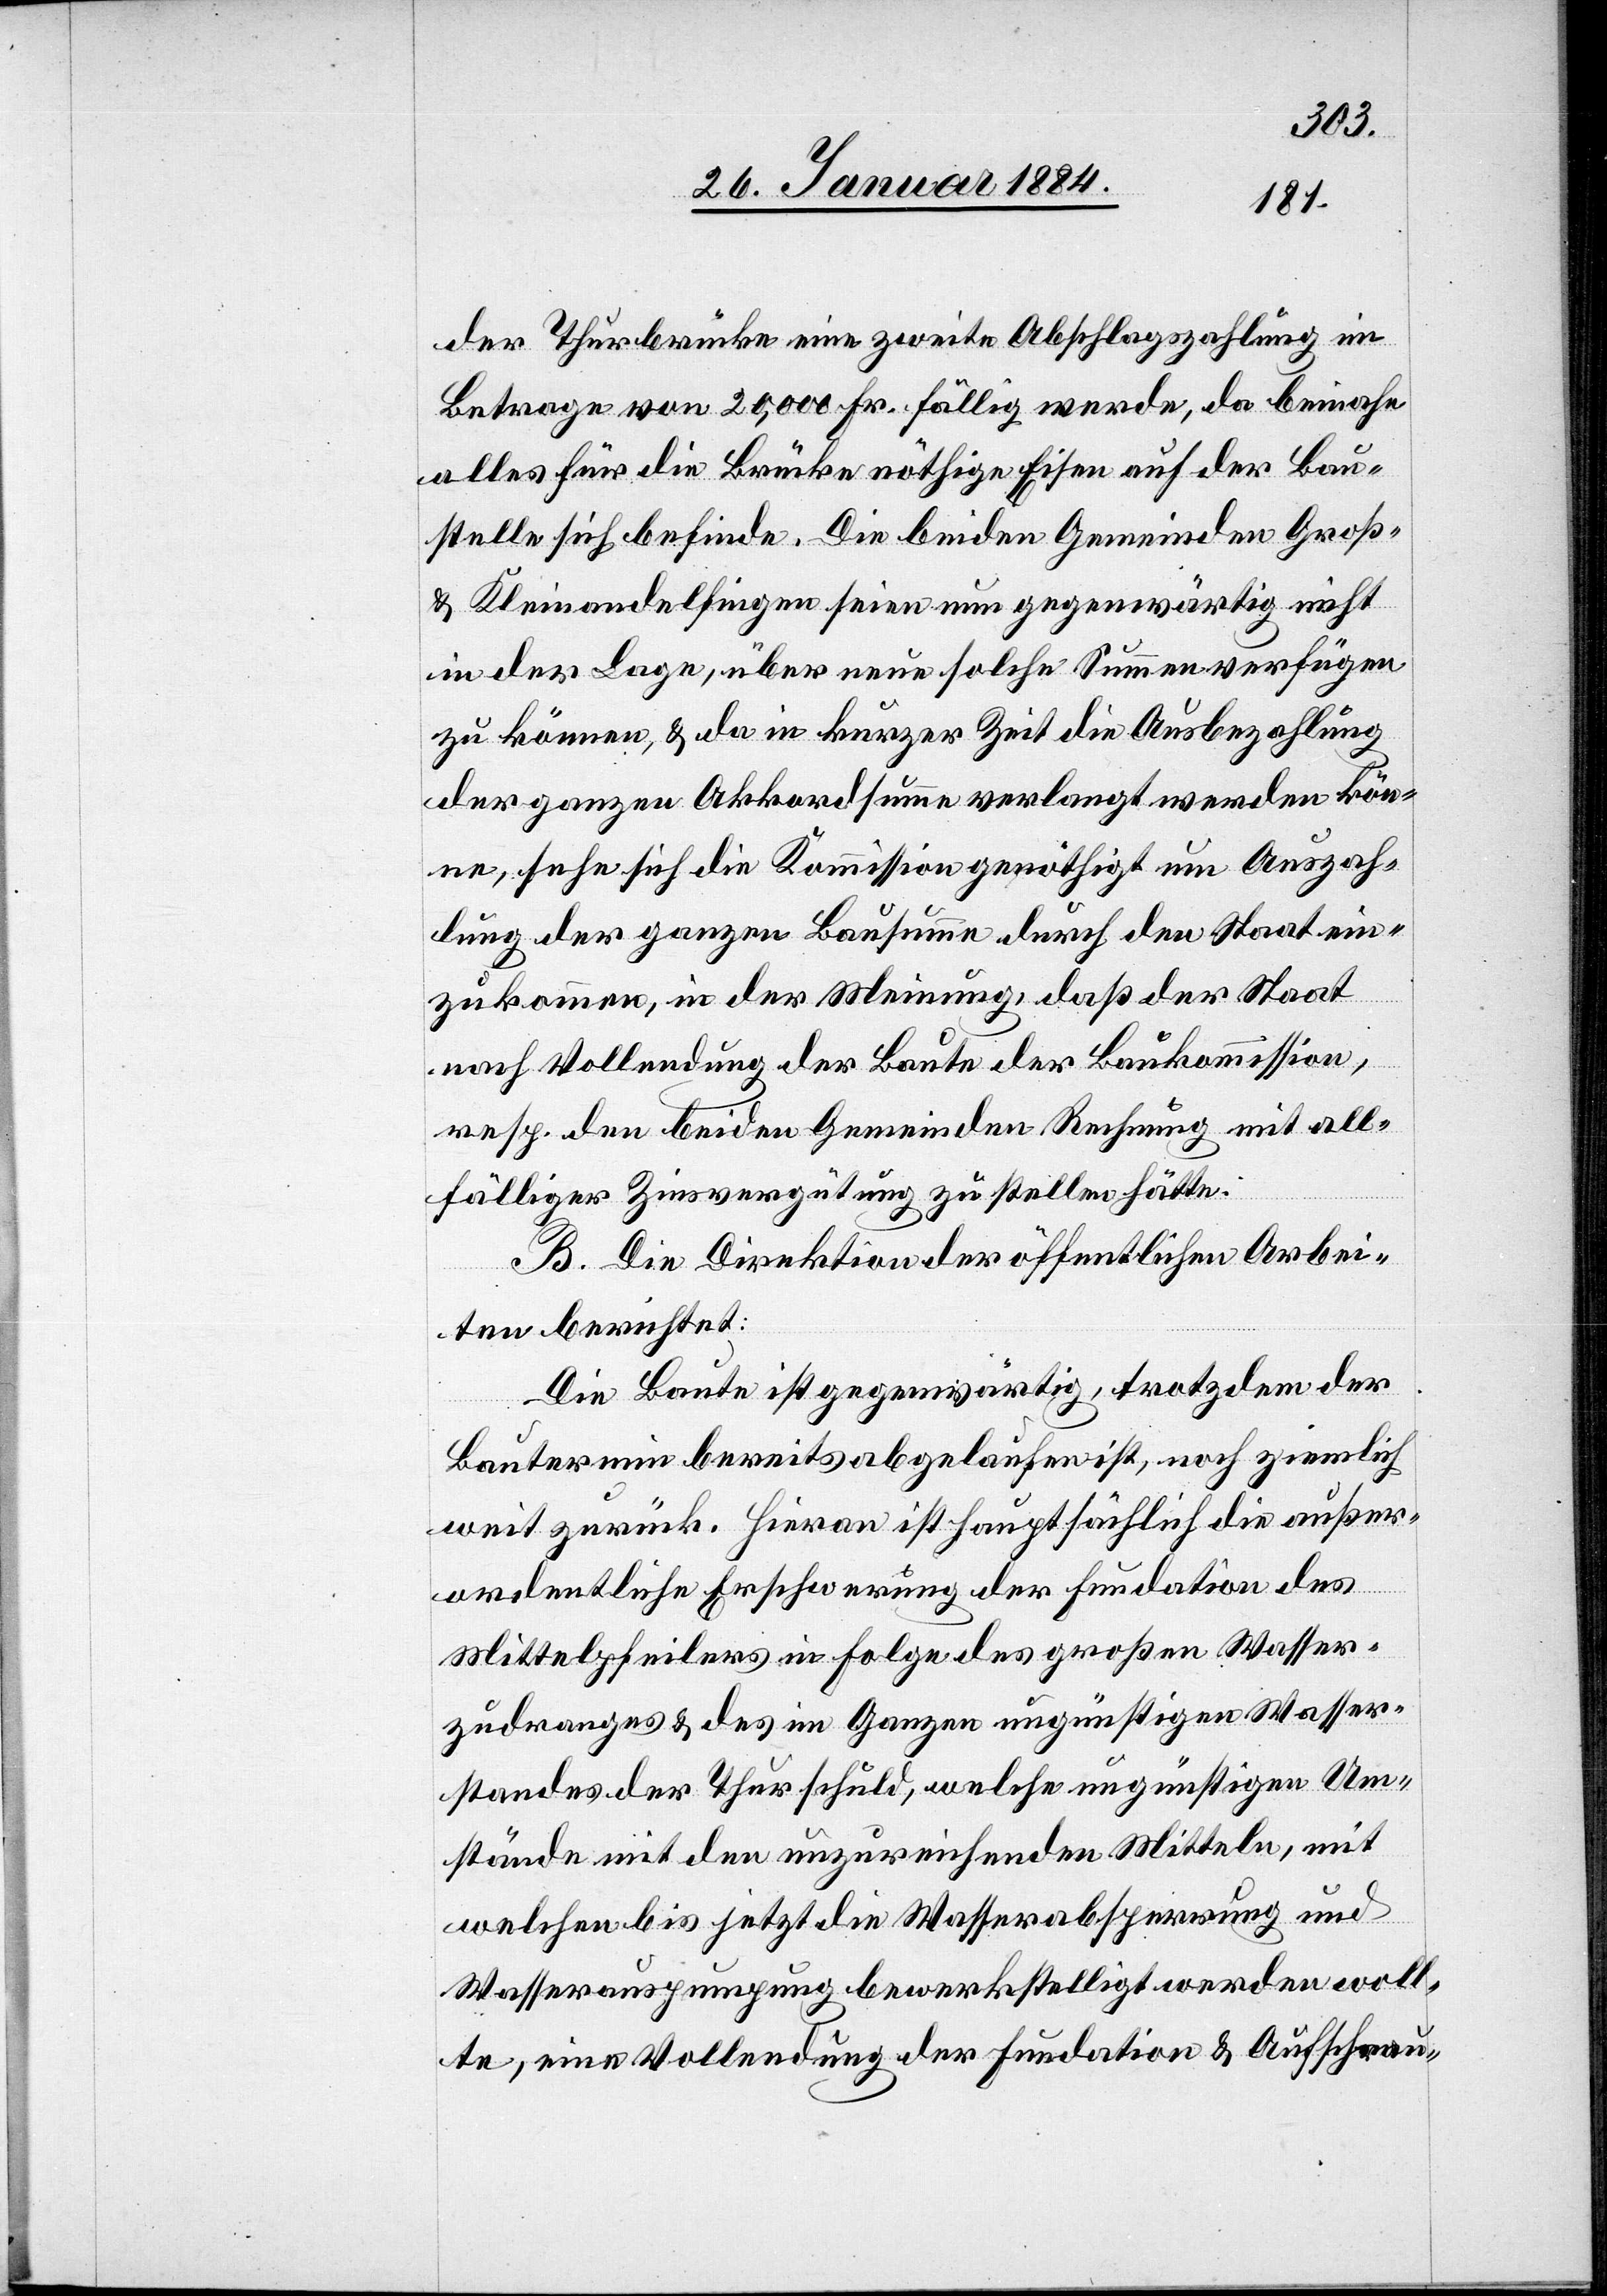
der Thurbrücke eine zweite Abschlagszahlung im
Betrage von 20,000 Fr. fällig werde, da beinahe
alles für die Brücke nöthige Eisen auf der Bau¬
stelle sich befinde. Die beiden Gemeinden Groß-
& Kleinandelfingen seien nun gegenwärtig nicht
in der Lage, über neue solche Summen verfügen
zu können, & da in kurzer Zeit die Ausbezahlung
der ganzen Akkordsumme verlangt werden kön¬
ne, sehe sich die Kommission genöthigt um Auszah¬
lung der ganzen Bausumme durch den Staat ein¬
zukommen, in der Meinung, daß der Staat
nach Vollendung der Baute der Baukommission,
resp. den beiden Gemeinden Rechnung mit all¬
fälliger Zinsvergütung zu stellen hätte.
B. Die Direktion der öffentlichen Arbei¬
ten berichtet:
Die Baute ist gegenwärtig, trotzdem der
Bautermin bereits abgelaufen ist, noch ziemlich
weit zurück. Hieran ist hauptsächlich die außer¬
ordentliche Erschwerung der Fundation des
Mittelpfeilers in Folge des großen Wasser¬
zudranges & des im Ganzen ungünstigen Wasser¬
standes der Thur schuld, welche ungünstigen Um¬
stände mit den unzureichenden Mitteln, mit
welchen bis jetzt die Wasserabsperrung und
Wasserauspumpung bewerkstelligt werden woll¬
te, eine Vollendung der Fundation & Aufschrau-